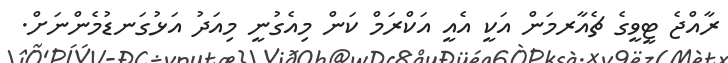
ރާއްޖެ ޓީވީގެ ޗެއާރމަން އަކީ އެއީ އަކްރަމް ކަން މިއެގުނީ މިއަދު އަޅުގަނޑުމެންނަށް.